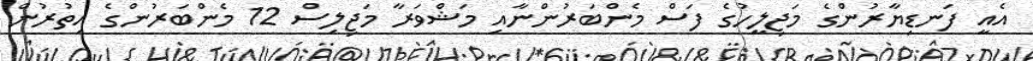
އެއީ ފަނޑިޔާރުންގެ މަޖިލީހުގެ ފަސް މެންބަރުންނާއި މަޝްވަރާ މަޖިލިސް 12 މެންބަރުންގެ އިތުރުން